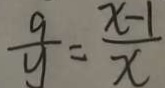
\frac { 9 } { y } = \frac { x - 1 } { x }